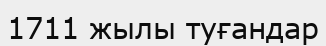
1711 жылы туғандар